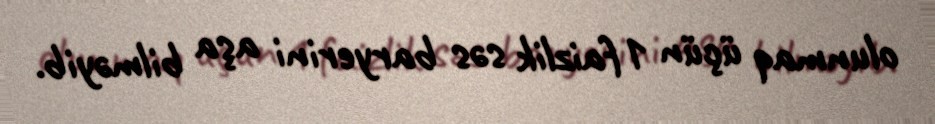
olunmaq üçün 1 faizlik səs baryerini aşa bilməyib.